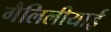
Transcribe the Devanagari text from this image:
गैलिलीयाई